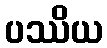
ပဿိယ